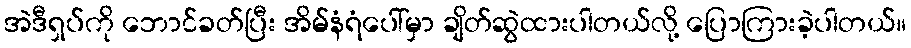
အဲဒီရှပ်ကို ဘောင်ခတ်ပြီး အိမ်နံရံပေါ်မှာ ချိတ်ဆွဲထားပါတယ်လို့ ပြောကြားခဲ့ပါတယ်။